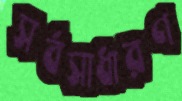
সর্বসাধারণ